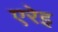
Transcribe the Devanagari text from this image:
एरेइ